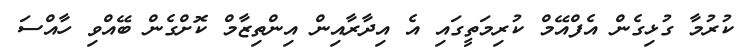
ކުރުމާ ގުޅިގެން އެފްއޭމް ކުރިމަތީގައި އެ އިދާރާއިން އިންތިޒާމް ކޮށްގެން ބޭއްވި ހާއްސަ